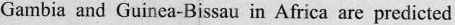
Gambia and Guinea-Bissau in Africa are predicted